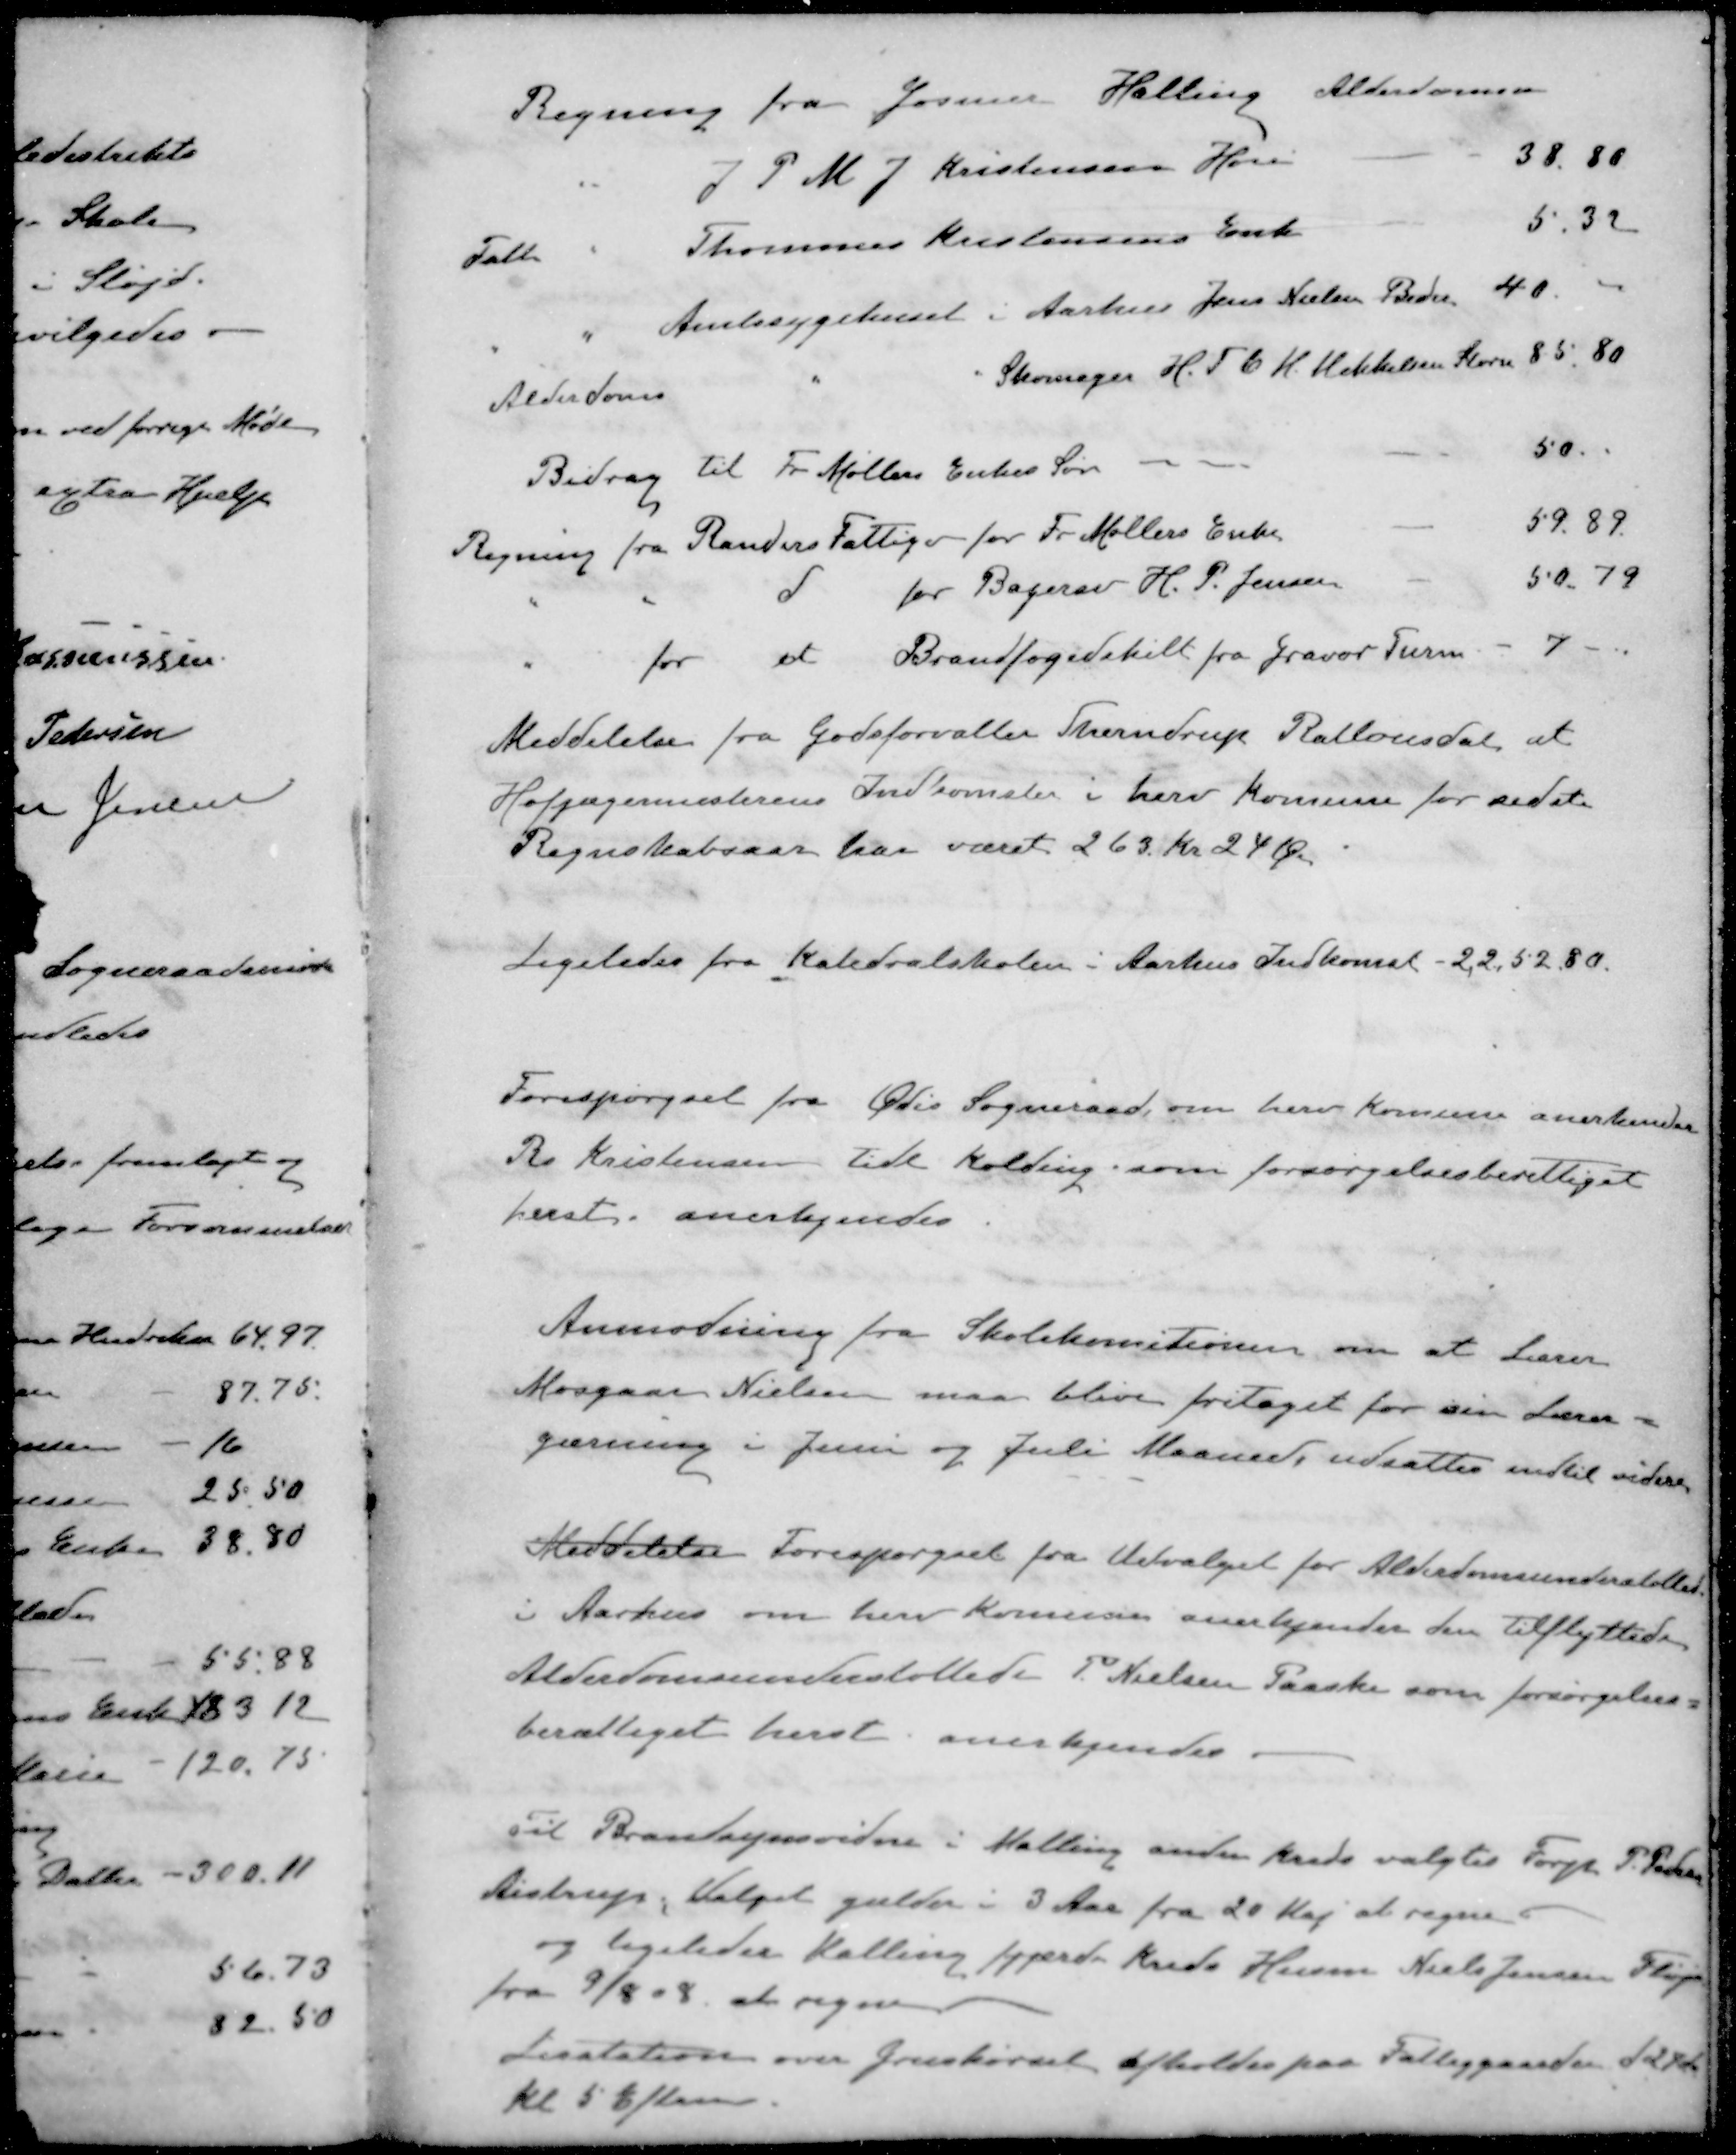
Transskription:
Regning fra Gosmer Halling Alderdomsu
" J P. M. J. Kristensen Hou
38.80
Fatt " Thommas Kristensens Enk
5.32
" Amtssygehuset i Aarhus Jens Nielsen Beder
40
Alderdoms " Skomager H. T. C. H. Mikkelsen Storn
85, 80
Bidrag til Fr Møllers Enkes Søn 
50.
Regning fra Randers Fattigv for Fr Møllers Enke
59.89.
" " d for Bagersv H. P. Jensen
50.79
" for et Brandfogedskilt fra Gravør Turm
7 
Meddelelse fra Godsforvalter Therndrup Ratlausdal, at
Hofjægermesterens Indkomster i herv Komune for sidste
Regnskabsaar har været 263 Kr. 24 Øre
Ligeledes fra Katedralskolen i Aarhus Indkomst - 2,252.80.
Forespørgsel fra Ødis Sogneraad, om herv Komune anerkender
R. Kristensen tidl Kolding, som forsørgelsesberettiget
herst, anerkjendes
Anmodning fra Skolekomitionen om at Lærer
Mosgaar Nielsen maa blive fritaget for sin Lærer-
gærning i Juni og Juli Maaned, udsattes indtil videre
Meddelelse Forespørgsel fra Udvalget for Alderdomsunderstøttelse
i Aarhus om herv Komune anerkjender den tilflyttede
Alderdomsunderstøttede P. Nielsen Paaske som forsørgelses-
berettiget herst. anerkjendes.
Til Brandsynsvidne i Malling anden kreds valgtes Forp. P. Petersen
Aistrup, Valget gælder i 3 Aar fra 20 Maj at regne
og ligeledes Malling fjerde Kreds Husm Niels Jensen Fløjs
fra 9/8 8 at regne
Licitation over Gruskørsel afholdes paa Fattiggaarden d 24 ds kr
Kl. 5 Efterm.